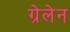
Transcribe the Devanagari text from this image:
ग्रेलेन